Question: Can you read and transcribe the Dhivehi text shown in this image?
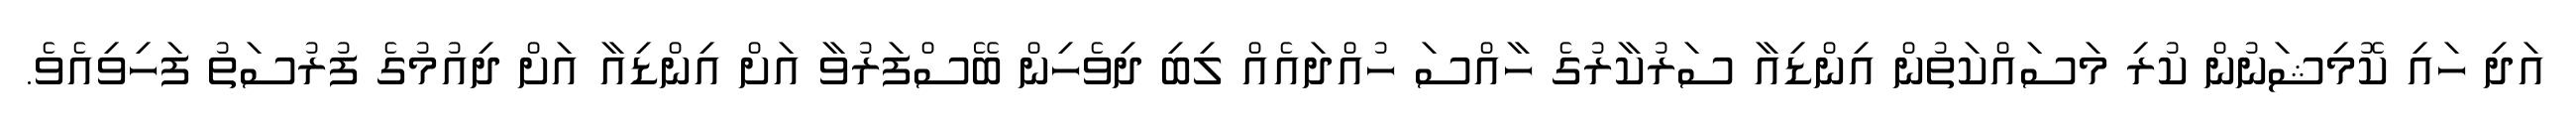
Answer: އަދި ހައި ކޮމިޝަނުން ކުރި މަސައްކަތުން އިންޑިއާ ސަރުކާރުގެ ހާއްސަ ހުއްދައެއް ލިބި ދިވެހިން ބޭސްފަރުވާ އަށް އިންޑިއާ އަށް ދިއުމުގެ ފުރުސަތު ފަހިވިއެވެ.